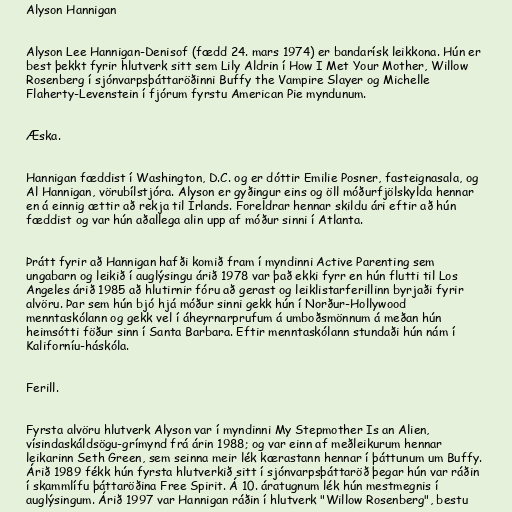
Alyson Hannigan

Alyson Lee Hannigan-Denisof (fædd 24. mars 1974) er bandarísk leikkona. Hún er
best þekkt fyrir hlutverk sitt sem Lily Aldrin í How I Met Your Mother, Willow
Rosenberg í sjónvarpsþáttaröðinni Buffy the Vampire Slayer og Michelle
Flaherty-Levenstein í fjórum fyrstu American Pie myndunum.

Æska.

Hannigan fæddist í Washington, D.C. og er dóttir Emilie Posner, fasteignasala, og
Al Hannigan, vörubílstjóra. Alyson er gyðingur eins og öll móðurfjölskylda hennar
en á einnig ættir að rekja til Írlands. Foreldrar hennar skildu ári eftir að hún
fæddist og var hún aðallega alin upp af móður sinni í Atlanta.

Þrátt fyrir að Hannigan hafði komið fram í myndinni Active Parenting sem
ungabarn og leikið í auglýsingu árið 1978 var það ekki fyrr en hún flutti til Los
Angeles árið 1985 að hlutirnir fóru að gerast og leiklistarferillinn byrjaði fyrir
alvöru. Þar sem hún bjó hjá móður sinni gekk hún í Norður-Hollywood
menntaskólann og gekk vel í áheyrnarprufum á umboðsmönnum á meðan hún
heimsótti föður sinn í Santa Barbara. Eftir menntaskólann stundaði hún nám í
Kaliforníu-háskóla.

Ferill.

Fyrsta alvöru hlutverk Alyson var í myndinni My Stepmother Is an Alien,
vísindaskáldsögu-grímynd frá árin 1988; og var einn af meðleikurum hennar
leikarinn Seth Green, sem seinna meir lék kærastann hennar í þáttunum um Buffy.
Árið 1989 fékk hún fyrsta hlutverkið sitt í sjónvarpsþáttaröð þegar hún var ráðin
í skammlífu þáttaröðina Free Spirit. Á 10. áratugnum lék hún mestmegnis í
auglýsingum. Árið 1997 var Hannigan ráðin í hlutverk "Willow Rosenberg", bestu